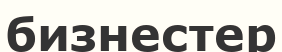
бизнестер